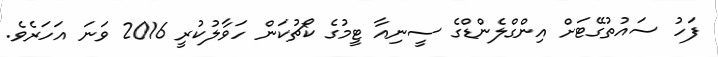
ފަހު ސައުތުގޭޓަށް އިންގްލެންޑްގެ ސީނިއާ ޓީމުގެ ކޯޗުކަން ހަވާލުކުރީ 2016 ވަނަ އަހަރެވެ.